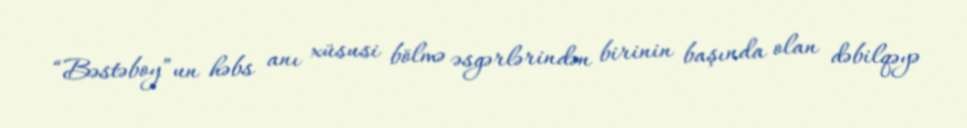
“Bəstəboy”un həbs anı xüsusi bölmə əsgərlərindən birinin başında olan dəbilqəyə